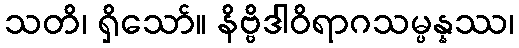
သတိ၊ ရှိသော်။ နိဗ္ဗိဒါဝိရာဂသမ္ပန္နဿ၊